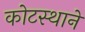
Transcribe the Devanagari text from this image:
कोटस्थाने